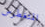
المتغطرس